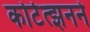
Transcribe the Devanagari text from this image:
कोर्टत्झनने